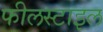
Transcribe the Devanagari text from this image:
फीलस्टाइल